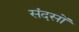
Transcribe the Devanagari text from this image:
संदसों